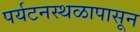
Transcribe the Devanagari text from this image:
पर्यटनस्थळापासून